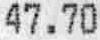
47.70